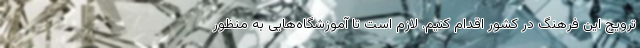
ترویج این فرهنگ در کشور اقدام کنیم. لازم است تا آموزشگاه‌هایی به منظور